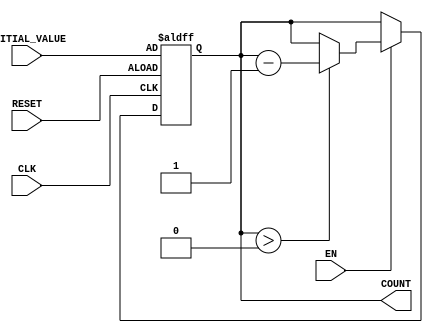
module decremental_counter (
    input wire CLK,          // Clock signal
    input wire RESET,        // Asynchronous reset signal
    input wire EN,          // Enable signal
    input wire [3:0] INITIAL_VALUE, // Initial count value (4-bit)
    output reg [3:0] COUNT   // Current count value (4-bit)
);

    always @(posedge CLK or posedge RESET) begin
        if (RESET) begin
            COUNT <= INITIAL_VALUE; // Set to initial value on reset
        end else if (EN) begin
            if (COUNT > 0) begin
                COUNT <= COUNT - 1; // Decrement counter unless at zero
            end
            // If COUNT is already 0, it remains 0
        end
        // If EN is low, do nothing (hold the current value)
    end

endmodule